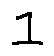
1